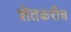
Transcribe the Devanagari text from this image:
शेतकरीच